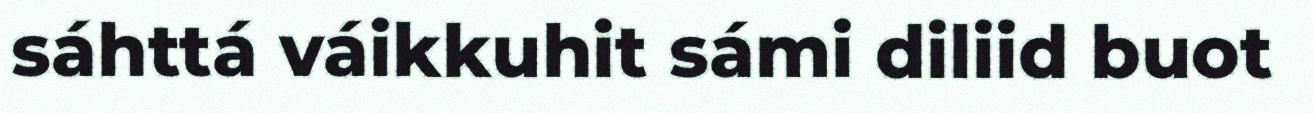
sáhttá váikkuhit sámi diliid buot